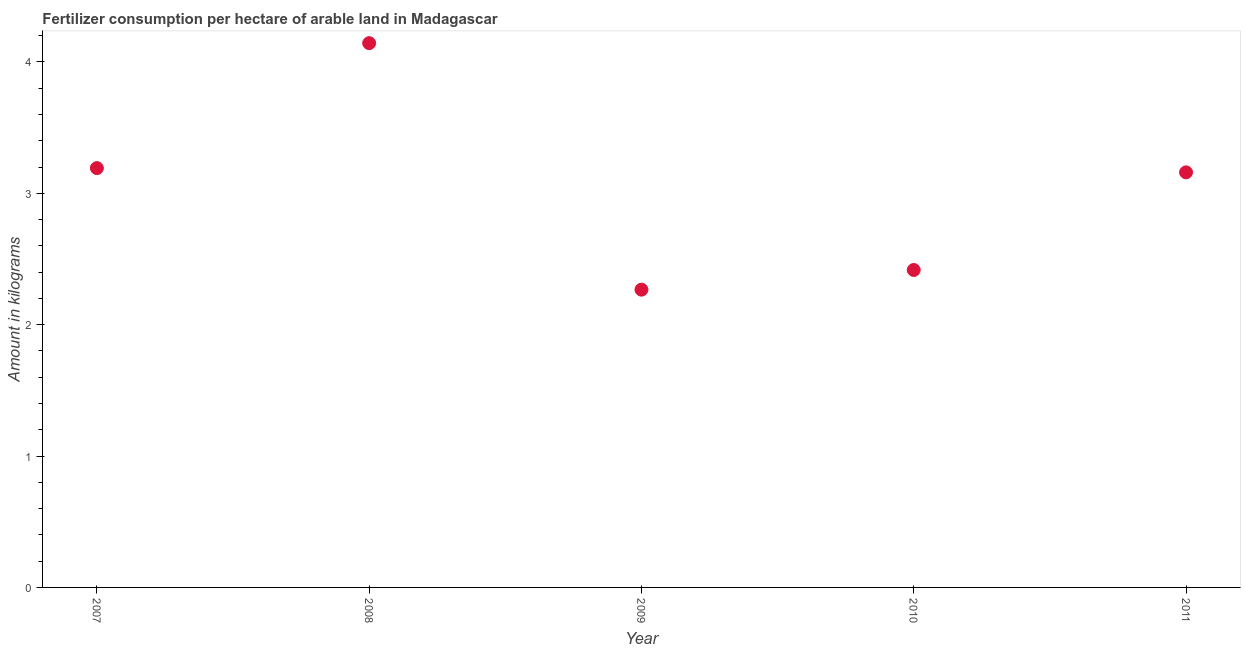
| Year | Fertilizer consumption |
 | --- | --- |
 | 2007 | 3.19 |
 | 2008 | 4.14 |
 | 2009 | 2.27 |
 | 2010 | 2.42 |
 | 2011 | 3.16 |